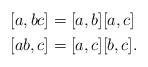
LaTeX: \begin{align*} \begin{aligned}{} [a,bc] &= [a,b][a,c] \\ [ab,c] &= [a,c][b,c]. \end{aligned} \end{align*}